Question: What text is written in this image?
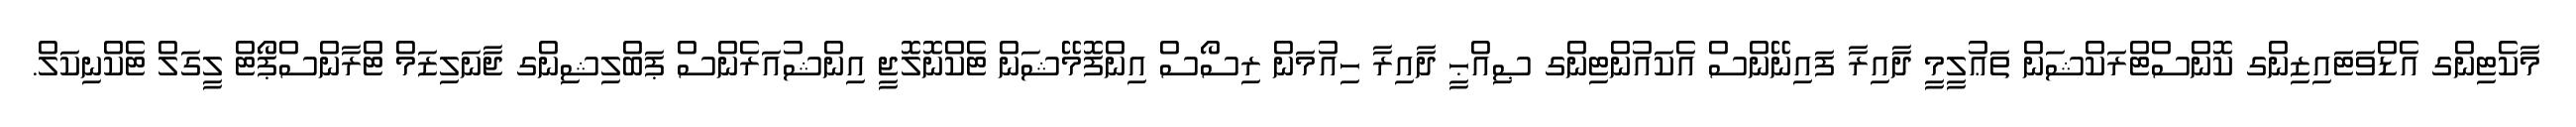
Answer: މާކެޓިންގ އެޑްވަޓައިޒިންގ ކޮންސްޓްރަކްޝަން ތަޢުލީމީ ދާއިރާ ފައިނޭންސް އެކައުންޓިންގ ޞިއްޙީ ދާއިރާ ހިއުމަން ރިސޯސް އިންފޮމޭޝަން ޓެކްނޮލޮޖީ އިންޝުއަރެންސް ޕަބްލިޝިންގ ޖާނަލިޒަމް ޓްރާންސްޕޯޓް ލީގަލް ޓެކްނިކަލް.